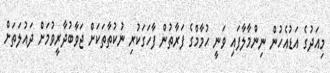
މިއަދުގެ އަޑުއެހުން ނިންމާލާފައި ވަނީ ހުމާމްގެ ފަރާތުން ފާހަގަކުރި ނުކުތާތަކަށް ޖަވާބުދާރީވުމަށް ދައުލަތަށް